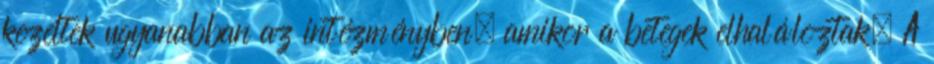
kezeltek ugyanabban az intézményben, amikor a betegek elhaláloztak. A